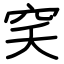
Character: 穾